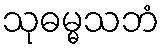
သုဓမ္မသဘံ